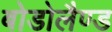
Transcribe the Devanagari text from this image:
बोडोलैण्ड